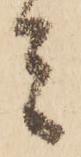
者